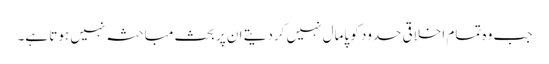
جب وہ تمام اخلاقی حدود کو پامال نہیں کردیتے ان پر بحث مباحثہ نہیں ہوتا ہے۔